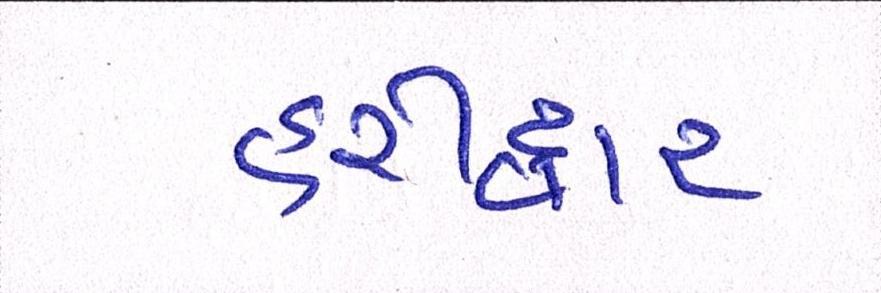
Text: હરીદ્વાર